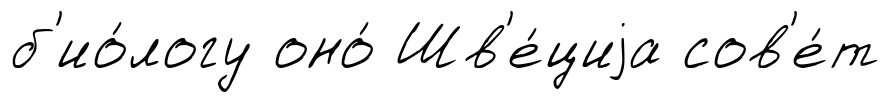
б'ио́логу оно́ Шв'е́циjа сов'е́т